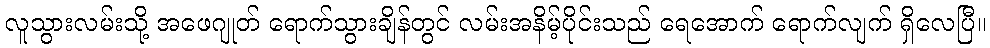
လူသွားလမ်းသို့ အဖေဂျုတ် ရောက်သွားချိန်တွင် လမ်းအနိမ့်ပိုင်းသည် ရေအောက် ရောက်လျက် ရှိလေပြီ။